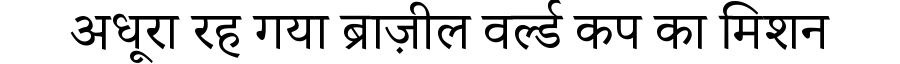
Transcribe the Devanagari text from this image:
अधूरा रह गया ब्राज़ील वर्ल्ड कप का मिशन